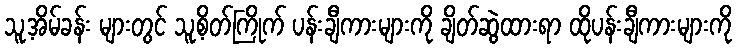
သူ့အိမ်ခန်း များတွင် သူ့စိတ်ကြိုက် ပန်းချီကားများကို ချိတ်ဆွဲထားရာ ထိုပန်းချီကားများကို